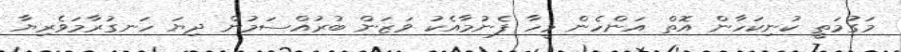
މަގުމަތީ ކުނިކަހާން އޮތް އަންހެން މީހާ ފެނުމާއެކު ވަޒަން ބުރުއްސަމުން ދިޔަ ހަނގުރާމަވެރިޔާ